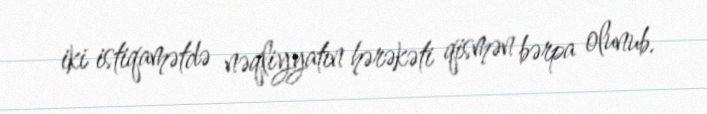
iki istiqamətdə nəqliyyatın hərəkəti qismən bərpa olunub.